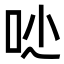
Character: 𠯙